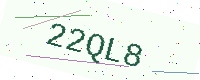
Text: 22QL8